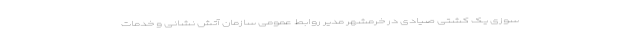
سوزی یک کشتی صیادی در خرمشهر مدیر روابط عمومی سازمان آتش نشانی و خدمات